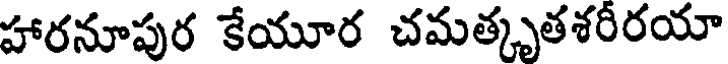
హారనూపుర కేయూర చమత్కృతశరీరయా